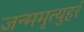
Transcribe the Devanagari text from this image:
जन्ममृत्युहरं